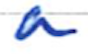
Text: a
Cross-out: clean
Writing tool: ballpoint